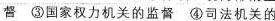
督 ③国家权力机关的监督 ④司法机关的